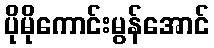
ပိုမိုကောင်းမွန်အောင်